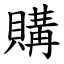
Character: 購